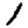
Digit: 1